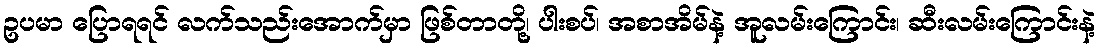
ဥပမာ ပြောရရင် လက်သည်းအောက်မှာ ဖြစ်တာတို့၊ ပါးစပ်၊ အစာအိမ်နဲ့ အူလမ်းကြောင်း၊ ဆီးလမ်းကြောင်းနဲ့